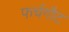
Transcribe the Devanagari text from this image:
फर्चगौट